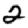
Digit: 2